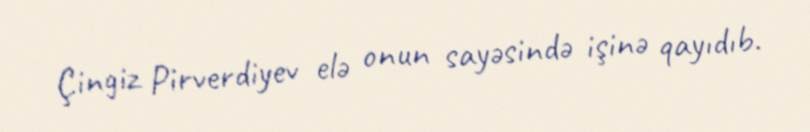
Çingiz Pirverdiyev elə onun sayəsində işinə qayıdıb.